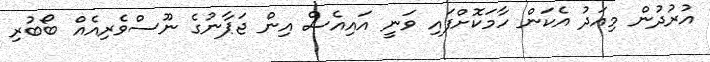
އުރުދުން މިއަދު އެކަން ހާމަކޮށްފައި ވަނީ އައިއެސް އިން ޖަޕާނުގެ ނޫސްވެރިއެއް ބޯބުރި